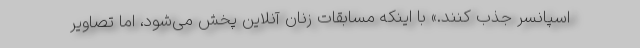
اسپانسر جذب کنند.» با اینکه مسابقات زنان آنلاین پخش می‌شود، اما تصاویر